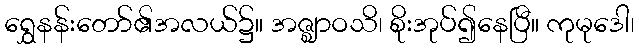
ရွှေနန်းတော်၏အလယ်၌။ အဇ္ဈာဝသိ၊ စိုးအုပ်၍နေပြီ။ ကုမုဒေါ၊